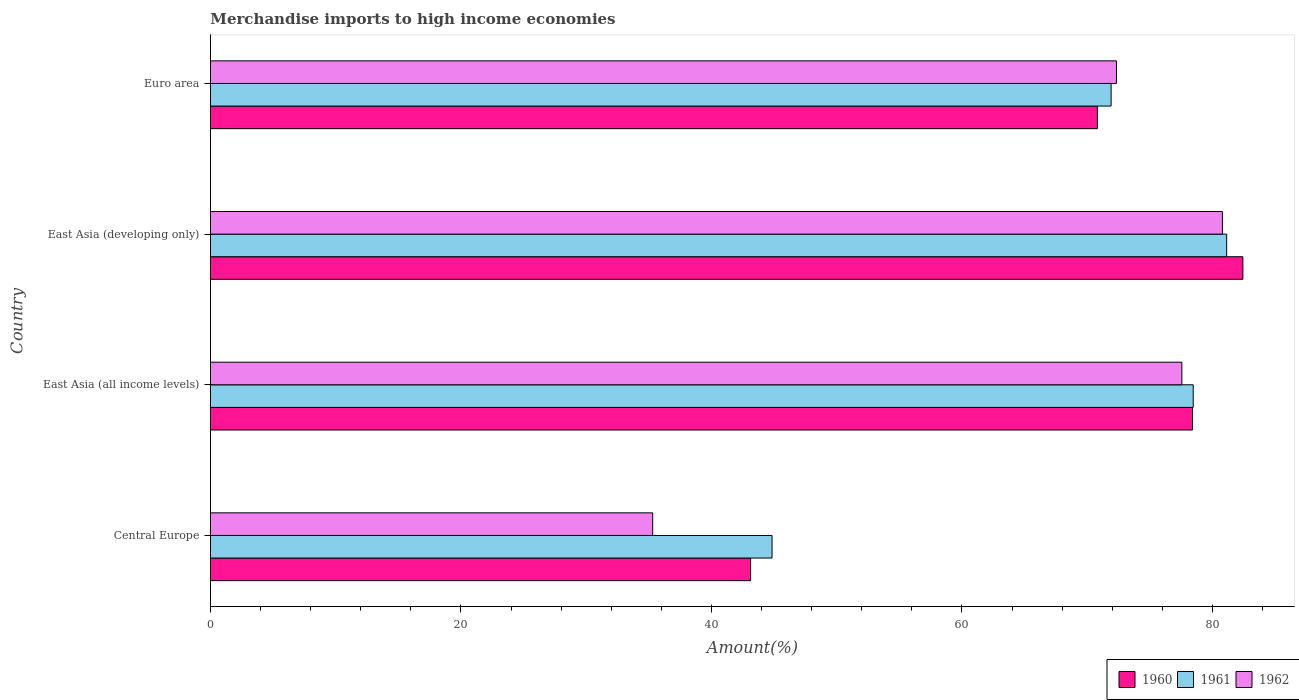
| Country | 1960 | 1961 | 1962 |
 | --- | --- | --- | --- |
 | Central Europe | 43.1 | 44.8 | 35.3 |
 | East Asia (all income levels) | 78.4 | 78.5 | 77.6 |
 | East Asia (developing only) | 82.4 | 81.1 | 80.8 |
 | Euro area | 70.8 | 71.9 | 72.3 |